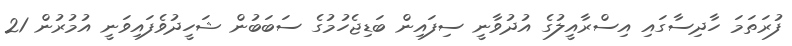
ފުރަތަމަ ހާދިސާގައި އިސްރާއީލުގެ އުދުވާނީ ސިފައިން ބަޑިޖެހުމުގެ ސަބަބުން ޝަހީދުވެފައިވަނީ އުމުރުން 21